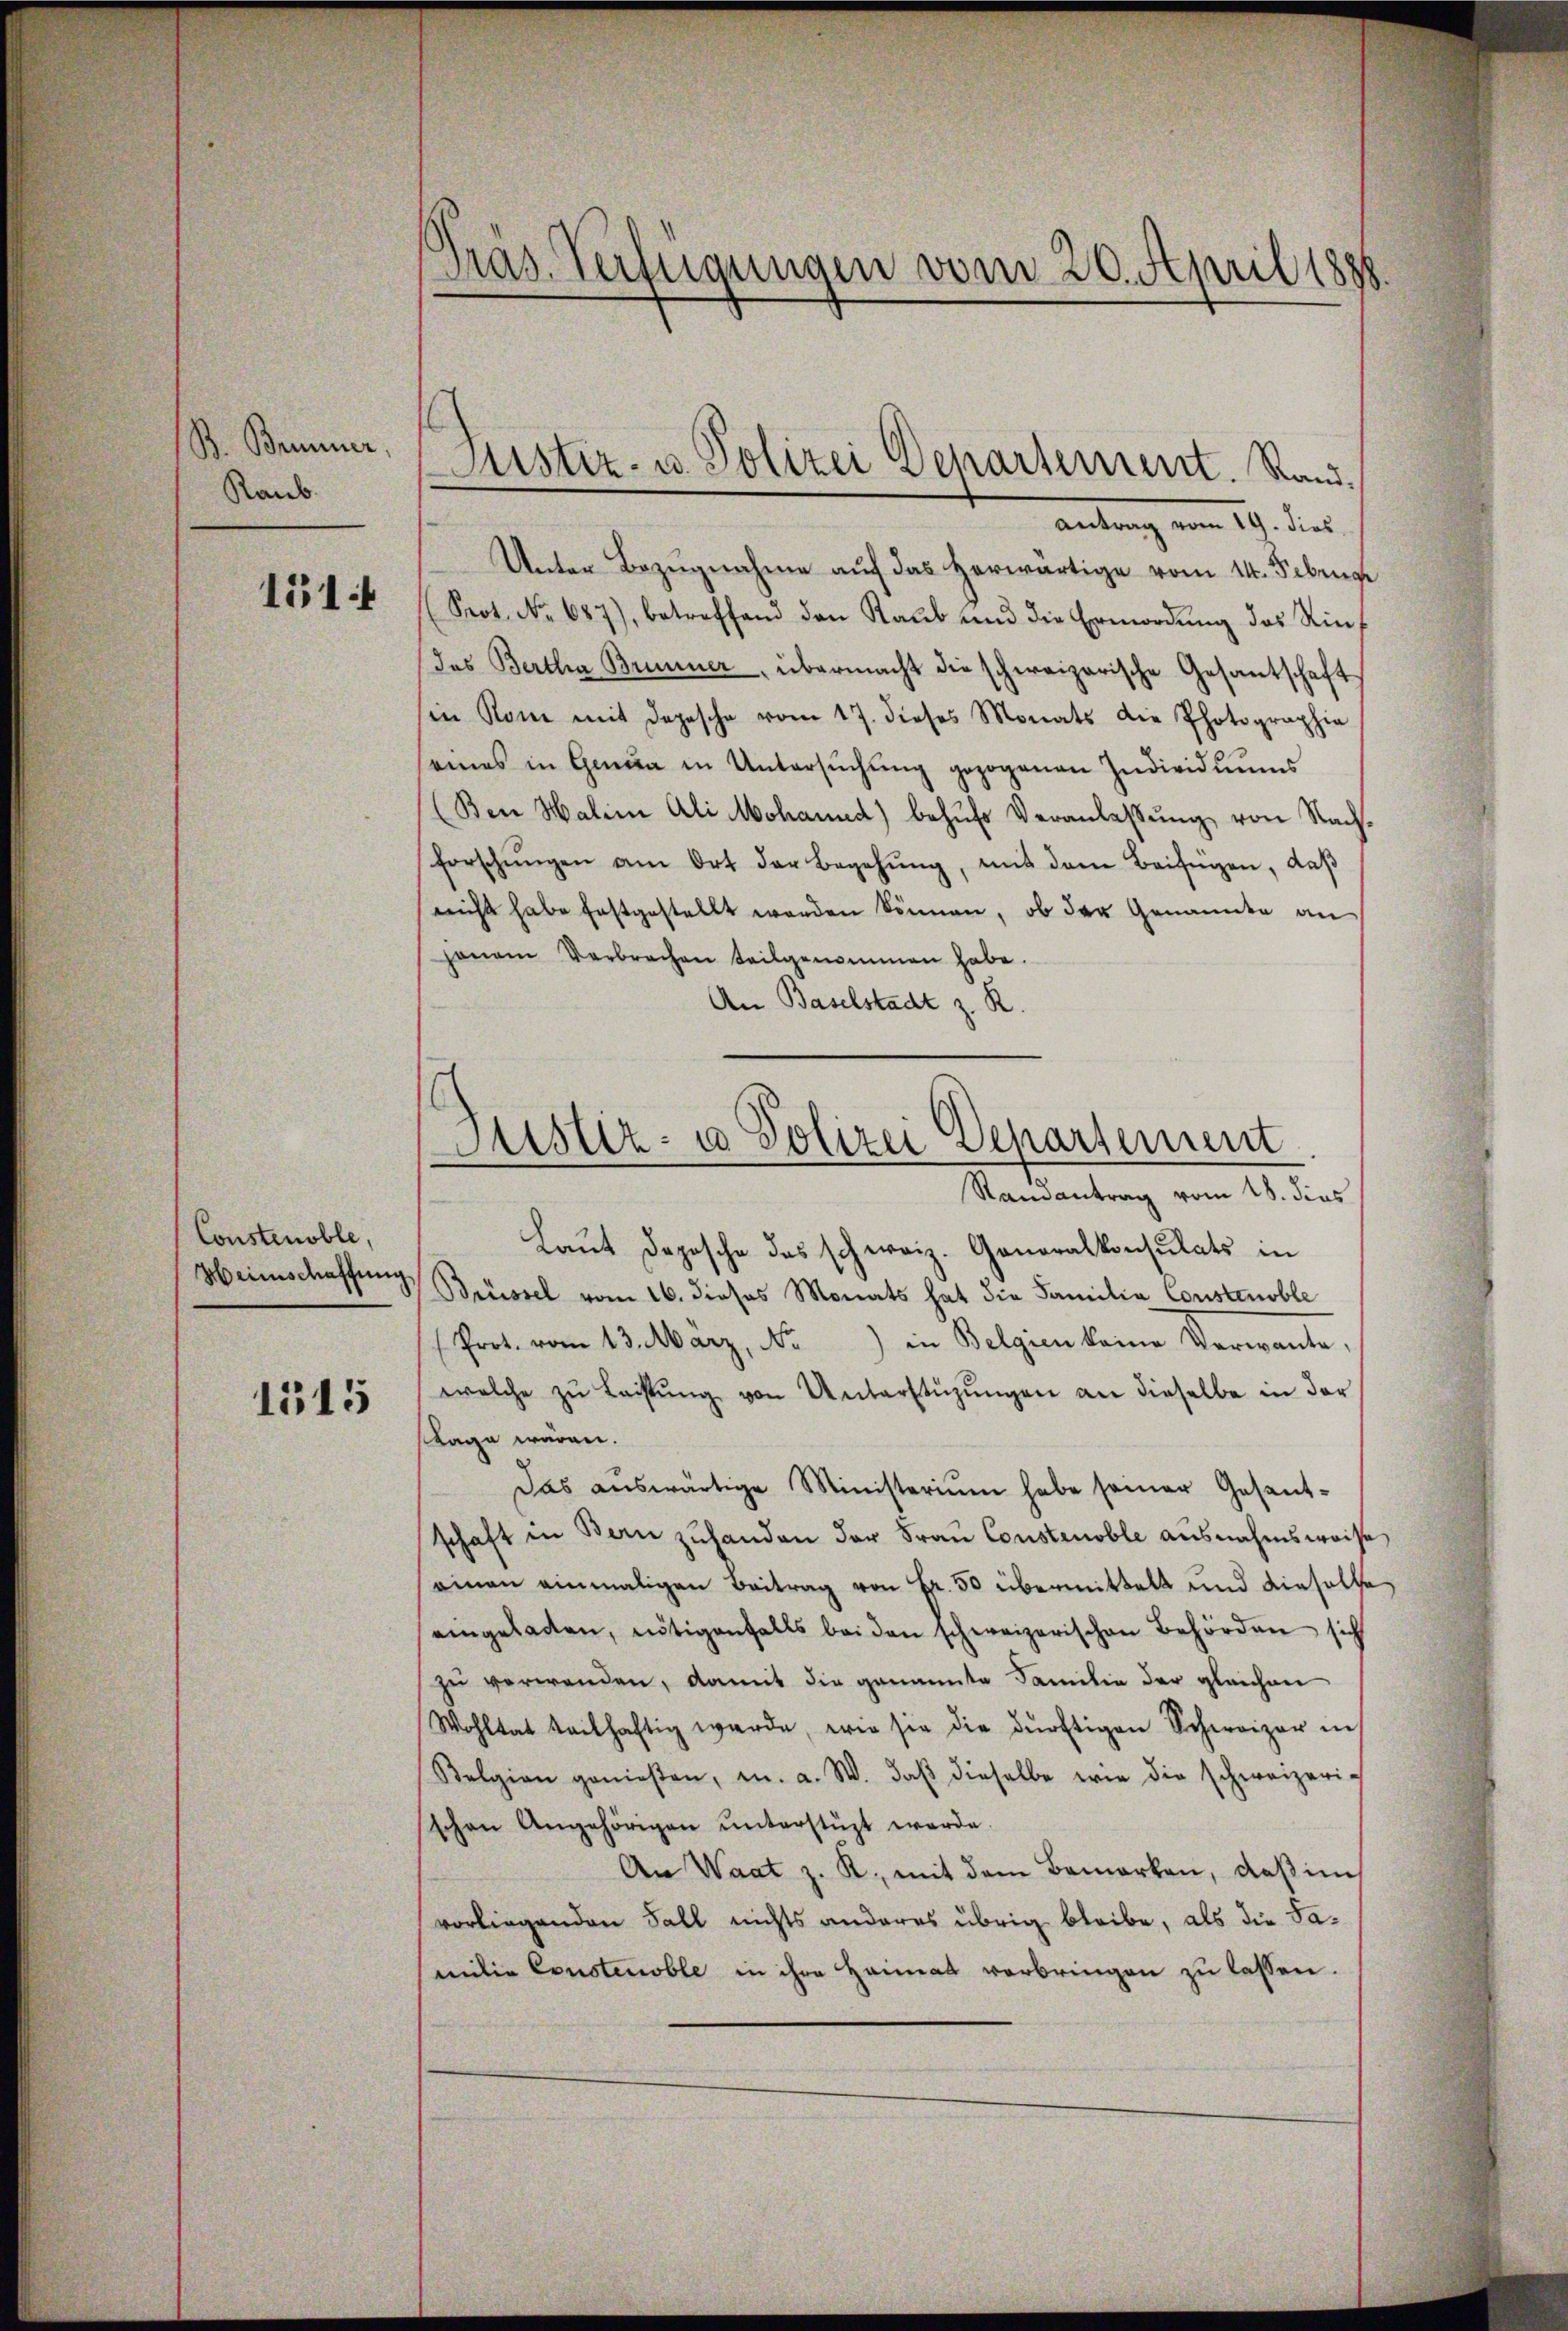
B. Brunner,
Raub.

1514

Constenoble,
Heinschaffung

1515

Tras. Verfügungen vom 20. April 1888

Justiz- u. Polizei Departement. Rand¬

Justiz- u Polizei Departement
Randantrag vom 18. dies

antrag vom 19. dies
Unter Bezugnahme auf das herwärtige vom 14. Febrige
Prot. No. 687), betreffend den Raub und die Ermordŭng des Kindas Bertha Brunner, übermacht die schereizerische Gesantschaft,
in Rom mit Depesche vom 17. dieses Monats die Photographia
seines in Grün in Untersŭchŭng gezogenen Individuums
(Ben Haline Ali Mohannd) behufs Veranlassung von Nachforschŭngen am Ort der Begehŭng, mit dem Beifügen, daβ
richt habe festgestellt worden können, ob der Genannte an
hanen Verbrechen teilgenommen habe.
An Baselstadt z. R.
Laut Deposche das schweiz. Generalkonsulats in
Brüssel vom 16. dieses Monats hat die Familia Constenoble
Prot. vom 13. März, Nr.) in Belgien keine Verwante,
welche zŭ Leistŭng von Unterstüzŭngen an dieselbe in der
stage wären.
Das aŭswärtige Ministerium habe seiner Gesant-
schaft in Bern zuhanden der Frau Construoble ausnahmsweise
einan einmaligen Beitrag von Fr. 50 übermittelt und dieselbe
eingeladen, nötigenfalls bei den schweizerischen Behörden sich
zu verwenden, damit die genannte Familie der gleichen
Wohltat teilhaftig werde, wie sie die dürftigen Schweizer in
Belgion genießen, u. a. W. daβ dieselbe wie die schweizeric
schen Angehörigen ŭnterstüzt werde.
An Waat z. R. mit dem Bemerken, daß im
vorliegenden Fall nichts anderes übrig bleibe, als die Samilie Constenoble in ihre Heimat verbringen zu lassen.